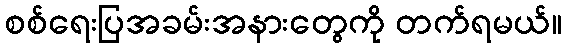
စစ်ရေးပြအခမ်းအနားတွေကို တက်ရမယ်။